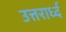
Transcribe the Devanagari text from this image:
उत्तरार्ध्द